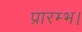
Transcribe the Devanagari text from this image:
प्रारम्‍भ।